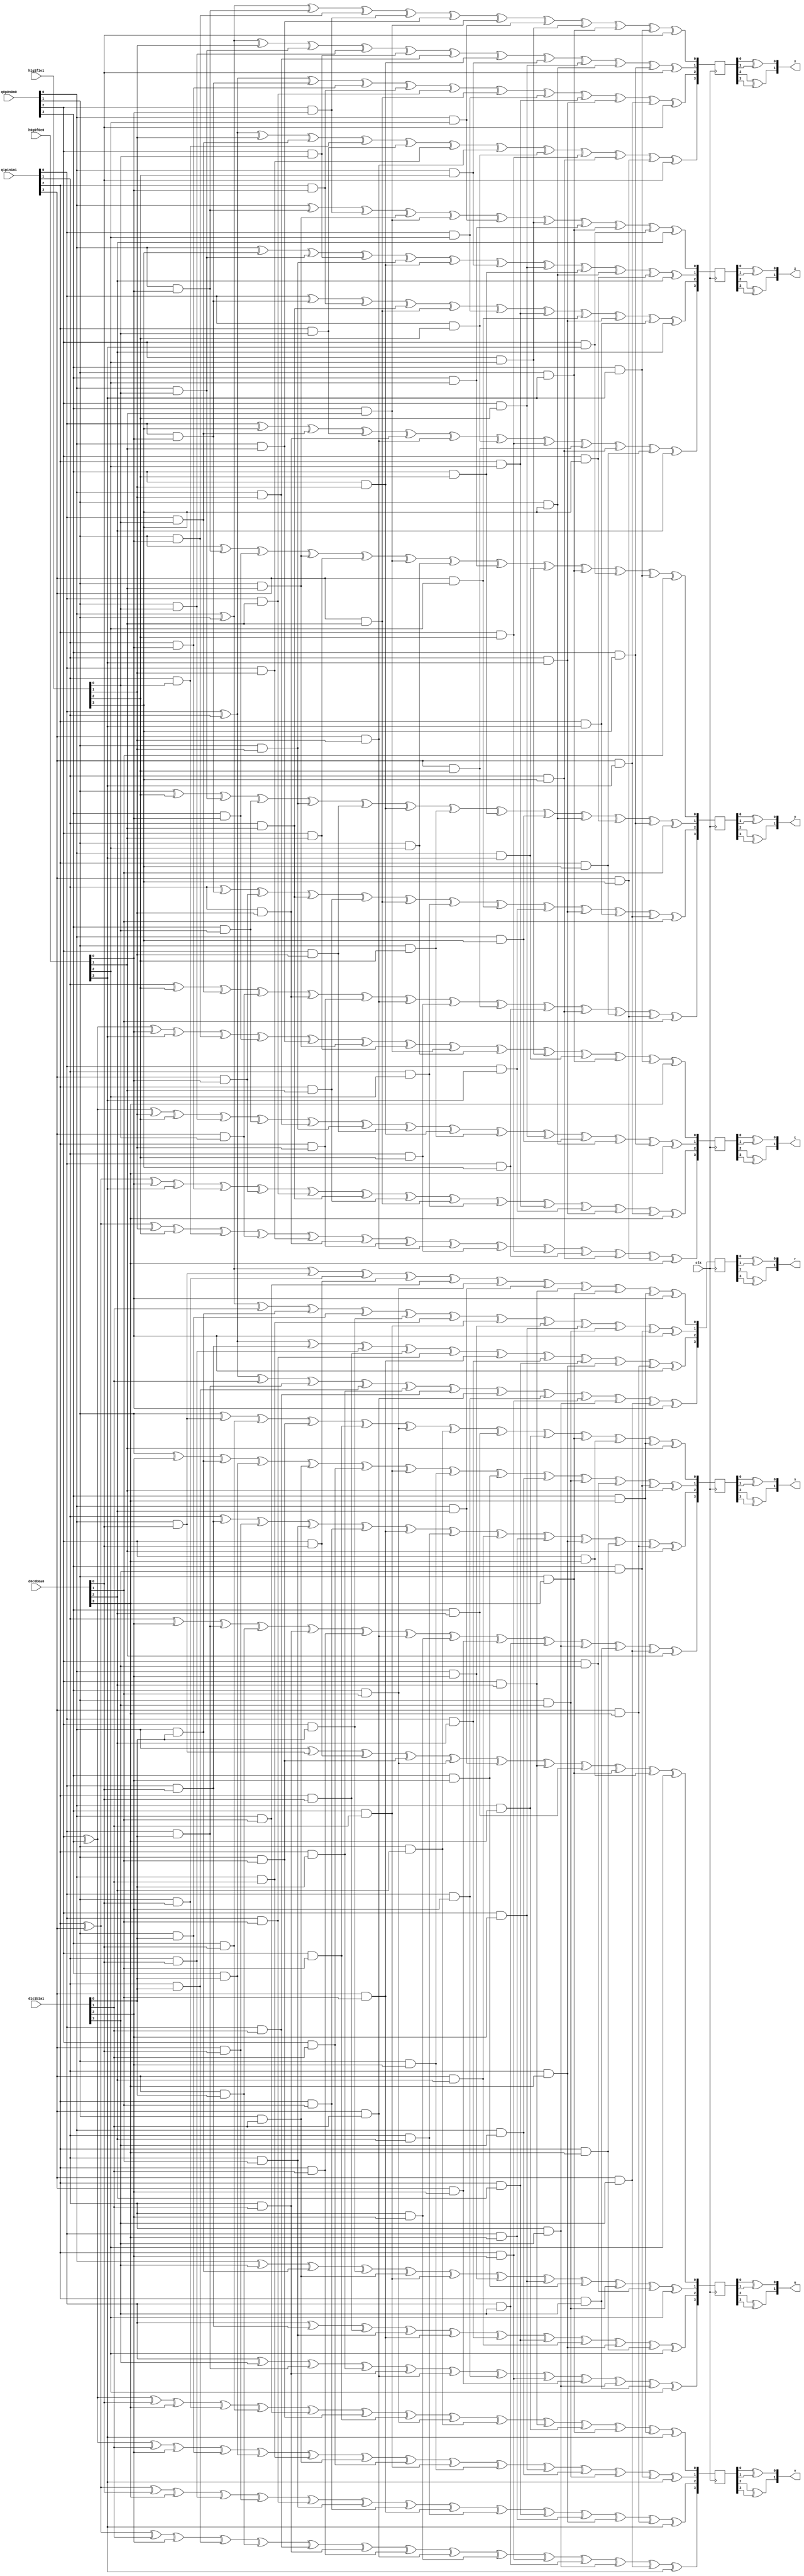
`timescale 1ns / 1ps
//////////////////////////////////////////////////////////////////////////////////
// Company: 
// Engineer: 
// 
// Design Name: 
// Module Name:    GF16Mul_Unit 
// Project Name: 
// Target Devices: 
// Tool versions: 
// Description: 
//
// Dependencies: 
//
// Revision: 
// Revision 0.01 - File Created
// Additional Comments: 
//
//////////////////////////////////////////////////////////////////////////////////
module GF16Mul_Unit(
	input				clk,
	
	input	[03:00]		d0c0b0a0,
	input	[03:00]		d1c1b1a1,
	
	input	[03:00]		h0g0f0e0,
	input	[03:00]		h1g1f1e1,
	
	input	[03:00]		q0p0n0m0,
	input	[03:00]		q1p1n1m1,
	
	output	[01:00]		x,
	output	[01:00]		y,
	output	[01:00]		z,
	output	[01:00]		t,
	
	output	[01:00]		r,
	output	[01:00]		s,
	output	[01:00]		u,
	output	[01:00]		v
    );
	
	// intermediate;
	// SboxA;
	wire				h0, h1;
	wire				g0, g1;
	wire				f0, f1;
	wire				e0, e1;
	
	wire				d0, d1;
	wire				c0, c1;
	wire				b0, b1;
	wire				a0, a1;
	
	wire				q0, q1;
	wire				p0, p1;
	wire				n0, n1;
	wire				m0, m1;
	
	wire				m0a0, m0a1;
	wire				m1a0, m1a1;
	
	wire				m0b0, m0b1;
	wire				m1b0, m1b1;
	
	wire				m0c0, m0c1;
	wire				m1c0, m1c1;
	
	wire				m0d0, m0d1;
	wire				m1d0, m1d1;
	
	wire				m0e0, m0e1;
	wire				m1e0, m1e1;
	
	wire				m0f0, m0f1;
	wire				m1f0, m1f1;
	
	wire				m0g0, m0g1;
	wire				m1g0, m1g1;
	
	wire				m0h0, m0h1;
	wire				m1h0, m1h1;
	
	wire				n0a0, n0a1;
	wire				n1a0, n1a1;
	
	wire				n0b0, n0b1;
	wire				n1b0, n1b1;
	
	wire				n0c0, n0c1;
	wire				n1c0, n1c1;
	
	wire				n0d0, n0d1;
	wire				n1d0, n1d1;
	
	wire				n0e0, n0e1;
	wire				n1e0, n1e1;
	
	wire				n0f0, n0f1;
	wire				n1f0, n1f1;
	
	wire				n0g0, n0g1;
	wire				n1g0, n1g1;
	
	wire				n0h0, n0h1;
	wire				n1h0, n1h1;
	
	wire				p0a0, p0a1;
	wire				p1a0, p1a1;
	
	wire				p0b0, p0b1;
	wire				p1b0, p1b1;
	
	wire				p0c0, p0c1;
	wire				p1c0, p1c1;
	
	wire				p0d0, p0d1;
	wire				p1d0, p1d1;
	
	wire				p0e0, p0e1;
	wire				p1e0, p1e1;
	
	wire				p0f0, p0f1;
	wire				p1f0, p1f1;
	
	wire				p0g0, p0g1;
	wire				p1g0, p1g1;
	
	wire				p0h0, p0h1;
	wire				p1h0, p1h1;
	
	wire				q0a0, q0a1;
	wire				q1a0, q1a1;
	
	wire				q0b0, q0b1;
	wire				q1b0, q1b1;
	
	wire				q0c0, q0c1;
	wire				q1c0, q1c1;
	
	wire				q0d0, q0d1;
	wire				q1d0, q1d1;
	
	wire				q0e0, q0e1;
	wire				q1e0, q1e1;
	
	wire				q0f0, q0f1;
	wire				q1f0, q1f1;
	
	wire				q0g0, q0g1;
	wire				q1g0, q1g1;
	
	wire				q0h0, q0h1;
	wire				q1h0, q1h1;
	
	reg		[03:00]		x_r;
	reg		[03:00]		y_r;
	reg		[03:00]		z_r;
	reg		[03:00]		t_r;
	
	reg		[03:00]		r_r;
	reg		[03:00]		s_r;
	reg		[03:00]		u_r;
	reg		[03:00]		v_r;
	
	// assign;
	assign h0 = h0g0f0e0[3];
	assign g0 = h0g0f0e0[2];
	assign f0 = h0g0f0e0[1];
	assign e0 = h0g0f0e0[0];
	
	assign d0 = d0c0b0a0[3];
	assign c0 = d0c0b0a0[2];
	assign b0 = d0c0b0a0[1];
	assign a0 = d0c0b0a0[0];
	
	assign q0 = q0p0n0m0[3];
	assign p0 = q0p0n0m0[2];
	assign n0 = q0p0n0m0[1];
	assign m0 = q0p0n0m0[0];
	
	assign h1 = h1g1f1e1[3];
	assign g1 = h1g1f1e1[2];
	assign f1 = h1g1f1e1[1];
	assign e1 = h1g1f1e1[0];
	
	assign d1 = d1c1b1a1[3];
	assign c1 = d1c1b1a1[2];
	assign b1 = d1c1b1a1[1];
	assign a1 = d1c1b1a1[0];
	
	assign q1 = q1p1n1m1[3];
	assign p1 = q1p1n1m1[2];
	assign n1 = q1p1n1m1[1];
	assign m1 = q1p1n1m1[0];
	
	assign m0a0 = m0 & a0;
	assign m0a1 = m0 & a1;
	assign m1a0 = m1 & a0;
	assign m1a1 = m1 & a1;
	
	assign m0b0 = m0 & b0;
	assign m0b1 = m0 & b1;
	assign m1b0 = m1 & b0;
	assign m1b1 = m1 & b1;
	
	assign m0c0 = m0 & c0;
	assign m0c1 = m0 & c1;
	assign m1c0 = m1 & c0;
	assign m1c1 = m1 & c1;
	
	assign m0d0 = m0 & d0;
	assign m0d1 = m0 & d1;
	assign m1d0 = m1 & d0;
	assign m1d1 = m1 & d1;
	
	assign m0e0 = m0 & e0;
	assign m0e1 = m0 & e1;
	assign m1e0 = m1 & e0;
	assign m1e1 = m1 & e1;
	
	assign m0f0 = m0 & f0;
	assign m0f1 = m0 & f1;
	assign m1f0 = m1 & f0;
	assign m1f1 = m1 & f1;
	
	assign m0g0 = m0 & g0;
	assign m0g1 = m0 & g1;
	assign m1g0 = m1 & g0;
	assign m1g1 = m1 & g1;
	
	assign m0h0 = m0 & h0;
	assign m0h1 = m0 & h1;
	assign m1h0 = m1 & h0;
	assign m1h1 = m1 & h1;
	
	assign n0a0 = n0 & a0;
	assign n0a1 = n0 & a1;
	assign n1a0 = n1 & a0;
	assign n1a1 = n1 & a1;
	
	assign n0b0 = n0 & b0;
	assign n0b1 = n0 & b1;
	assign n1b0 = n1 & b0;
	assign n1b1 = n1 & b1;
	
	assign n0c0 = n0 & c0;
	assign n0c1 = n0 & c1;
	assign n1c0 = n1 & c0;
	assign n1c1 = n1 & c1;
	
	assign n0d0 = n0 & d0;
	assign n0d1 = n0 & d1;
	assign n1d0 = n1 & d0;
	assign n1d1 = n1 & d1;
	
	assign n0e0 = n0 & e0;
	assign n0e1 = n0 & e1;
	assign n1e0 = n1 & e0;
	assign n1e1 = n1 & e1;
	
	assign n0f0 = n0 & f0;
	assign n0f1 = n0 & f1;
	assign n1f0 = n1 & f0;
	assign n1f1 = n1 & f1;
	
	assign n0g0 = n0 & g0;
	assign n0g1 = n0 & g1;
	assign n1g0 = n1 & g0;
	assign n1g1 = n1 & g1;
	
	assign n0h0 = n0 & h0;
	assign n0h1 = n0 & h1;
	assign n1h0 = n1 & h0;
	assign n1h1 = n1 & h1;
	
	assign p0a0 = p0 & a0;
	assign p0a1 = p0 & a1;
	assign p1a0 = p1 & a0;
	assign p1a1 = p1 & a1;
	
	assign p0b0 = p0 & b0;
	assign p0b1 = p0 & b1;
	assign p1b0 = p1 & b0;
	assign p1b1 = p1 & b1;
	
	assign p0c0 = p0 & c0;
	assign p0c1 = p0 & c1;
	assign p1c0 = p1 & c0;
	assign p1c1 = p1 & c1;
	
	assign p0d0 = p0 & d0;
	assign p0d1 = p0 & d1;
	assign p1d0 = p1 & d0;
	assign p1d1 = p1 & d1;
	
	assign p0e0 = p0 & e0;
	assign p0e1 = p0 & e1;
	assign p1e0 = p1 & e0;
	assign p1e1 = p1 & e1;
	
	assign p0f0 = p0 & f0;
	assign p0f1 = p0 & f1;
	assign p1f0 = p1 & f0;
	assign p1f1 = p1 & f1;
	
	assign p0g0 = p0 & g0;
	assign p0g1 = p0 & g1;
	assign p1g0 = p1 & g0;
	assign p1g1 = p1 & g1;
	
	assign p0h0 = p0 & h0;
	assign p0h1 = p0 & h1;
	assign p1h0 = p1 & h0;
	assign p1h1 = p1 & h1;
	
	assign q0a0 = q0 & a0;
	assign q0a1 = q0 & a1;
	assign q1a0 = q1 & a0;
	assign q1a1 = q1 & a1;
	
	assign q0b0 = q0 & b0;
	assign q0b1 = q0 & b1;
	assign q1b0 = q1 & b0;
	assign q1b1 = q1 & b1;
	
	assign q0c0 = q0 & c0;
	assign q0c1 = q0 & c1;
	assign q1c0 = q1 & c0;
	assign q1c1 = q1 & c1;
	
	assign q0d0 = q0 & d0;
	assign q0d1 = q0 & d1;
	assign q1d0 = q1 & d0;
	assign q1d1 = q1 & d1;
	
	assign q0e0 = q0 & e0;
	assign q0e1 = q0 & e1;
	assign q1e0 = q1 & e0;
	assign q1e1 = q1 & e1;
	
	assign q0f0 = q0 & f0;
	assign q0f1 = q0 & f1;
	assign q1f0 = q1 & f0;
	assign q1f1 = q1 & f1;
	
	assign q0g0 = q0 & g0;
	assign q0g1 = q0 & g1;
	assign q1g0 = q1 & g0;
	assign q1g1 = q1 & g1;
	
	assign q0h0 = q0 & h0;
	assign q0h1 = q0 & h1;
	assign q1h0 = q1 & h0;
	assign q1h1 = q1 & h1;
	
	// x_r;
	always @(posedge clk)
	begin
		x_r[0] <= m0 ^ n0	   ^ m0e0 ^ n0e0 ^ p0e0 ^ m0f0 ^ q0f0 ^ m0g0 ^ p0g0 ^ n0h0 ^ q0h0 ^ a0;
		x_r[1] <= m0 ^ n0 ^ f1 ^ m0e1 ^ n0e1 ^ p0e1 ^ m0f1 ^ q0f1 ^ m0g1 ^ p0g1 ^ n0h1 ^ q0h1 ^ a0;
		x_r[2] <= m1 ^ n1	   ^ m1e0 ^ n1e0 ^ p1e0 ^ m1f0 ^ q1f0 ^ m1g0 ^ p1g0 ^ n1h0 ^ q1h0 ^ a0;
		x_r[3] <= m1 ^ n1 ^ f1 ^ m1e1 ^ n1e1 ^ p1e1 ^ m1f1 ^ q1f1 ^ m1g1 ^ p1g1 ^ n1h1 ^ q1h1 ^ a0;
	end
	
	// y_r;
	always @(posedge clk)
	begin
		y_r[0] <= n0	  ^ m0e0 ^ q0e0 ^ n0f0 ^ p0f0 ^ q0f0 ^ n0g0 ^ q0g0 ^ m0h0 ^ n0h0 ^ p0h0 ^ q0h0 ^ b0;
		y_r[1] <= n0 ^ g1 ^ m0e1 ^ q0e1 ^ n0f1 ^ p0f1 ^ q0f1 ^ n0g1 ^ q0g1 ^ m0h1 ^ n0h1 ^ p0h1 ^ q0h1 ^ b0;
		y_r[2] <= n1	  ^ m1e0 ^ q1e0 ^ n1f0 ^ p1f0 ^ q1f0 ^ n1g0 ^ q1g0 ^ m1h0 ^ n1h0 ^ p1h0 ^ q1h0 ^ b0;
		y_r[3] <= n1 ^ g1 ^ m1e1 ^ q1e1 ^ n1f1 ^ p1f1 ^ q1f1 ^ n1g1 ^ q1g1 ^ m1h1 ^ n1h1 ^ p1h1 ^ q1h1 ^ b0;
	end
	
	// z_r;
	always @(posedge clk)
	begin
		z_r[0] <= m0	  ^ m0e0 ^ p0e0 ^ n0f0 ^ q0f0 ^ m0g0 ^ p0g0 ^ q0g0 ^ n0h0 ^ p0h0 ^ c0;
		z_r[1] <= m0 ^ h1 ^ m0e1 ^ p0e1 ^ n0f1 ^ q0f1 ^ m0g1 ^ p0g1 ^ q0g1 ^ n0h1 ^ p0h1 ^ c0;
		z_r[2] <= m1	  ^ m1e0 ^ p1e0 ^ n1f0 ^ q1f0 ^ m1g0 ^ p1g0 ^ q1g0 ^ n1h0 ^ p1h0 ^ c0;
		z_r[3] <= m1 ^ h1 ^ m1e1 ^ p1e1 ^ n1f1 ^ q1f1 ^ m1g1 ^ p1g1 ^ q1g1 ^ n1h1 ^ p1h1 ^ c0;
	end
	
	// t_r;
	always @(posedge clk)
	begin
		t_r[0] <= p0 ^ q0 ^ e0 ^ h0 ^ n0e0 ^ q0e0 ^ m0f0 ^ n0f0 ^ p0f0 ^ q0f0 ^ n0g0 ^ p0g0 ^ m0h0 ^ n0h0 ^ q0h0 ^ d0;
		t_r[1] <= p0 ^ q0 ^ f1 ^ g1 ^ n0e1 ^ q0e1 ^ m0f1 ^ n0f1 ^ p0f1 ^ q0f1 ^ n0g1 ^ p0g1 ^ m0h1 ^ n0h1 ^ q0h1 ^ d0;
		t_r[2] <= p1 ^ q1 ^ e0 ^ h0 ^ n1e0 ^ q1e0 ^ m1f0 ^ n1f0 ^ p1f0 ^ q1f0 ^ n1g0 ^ p1g0 ^ m1h0 ^ n1h0 ^ q1h0 ^ d0;
		t_r[3] <= p1 ^ q1 ^ f1 ^ g1 ^ n1e1 ^ q1e1 ^ m1f1 ^ n1f1 ^ p1f1 ^ q1f1 ^ n1g1 ^ p1g1 ^ m1h1 ^ n1h1 ^ q1h1 ^ d0;
	end
	
	// r_r;
	always @(posedge clk)
	begin
		r_r[0] <= m0 ^ n0	   ^ m0a0 ^ n0a0 ^ p0a0 ^ m0b0 ^ q0b0 ^ m0c0 ^ p0c0 ^ n0d0 ^ q0d0 ^ e0;
		r_r[1] <= m0 ^ n0 ^ b1 ^ m0a1 ^ n0a1 ^ p0a1 ^ m0b1 ^ q0b1 ^ m0c1 ^ p0c1 ^ n0d1 ^ q0d1 ^ e0;
		r_r[2] <= m1 ^ n1	   ^ m1a0 ^ n1a0 ^ p1a0 ^ m1b0 ^ q1b0 ^ m1c0 ^ p1c0 ^ n1d0 ^ q1d0 ^ e0;
		r_r[3] <= m1 ^ n1 ^ b1 ^ m1a1 ^ n1a1 ^ p1a1 ^ m1b1 ^ q1b1 ^ m1c1 ^ p1c1 ^ n1d1 ^ q1d1 ^ e0;
	end
	
	// s_r;
	always @(posedge clk)
	begin
		s_r[0] <= n0	  ^ m0a0 ^ q0a0 ^ n0b0 ^ p0b0 ^ q0b0 ^ n0c0 ^ q0c0 ^ m0d0 ^ n0d0 ^ p0d0 ^ q0d0 ^ f0;
		s_r[1] <= n0 ^ c1 ^ m0a1 ^ q0a1 ^ n0b1 ^ p0b1 ^ q0b1 ^ n0c1 ^ q0c1 ^ m0d1 ^ n0d1 ^ p0d1 ^ q0d1 ^ f0;
		s_r[2] <= n1	  ^ m1a0 ^ q1a0 ^ n1b0 ^ p1b0 ^ q1b0 ^ n1c0 ^ q1c0 ^ m1d0 ^ n1d0 ^ p1d0 ^ q1d0 ^ f0;
		s_r[3] <= n1 ^ c1 ^ m1a1 ^ q1a1 ^ n1b1 ^ p1b1 ^ q1b1 ^ n1c1 ^ q1c1 ^ m1d1 ^ n1d1 ^ p1d1 ^ q1d1 ^ f0;
	end
	
	// u_r;
	always @(posedge clk)
	begin
		u_r[0] <= m0	  ^ m0a0 ^ p0a0 ^ n0b0 ^ q0b0 ^ m0c0 ^ p0c0 ^ q0c0 ^ n0d0 ^ p0d0 ^ g0;
		u_r[1] <= m0 ^ d1 ^ m0a1 ^ p0a1 ^ n0b1 ^ q0b1 ^ m0c1 ^ p0c1 ^ q0c1 ^ n0d1 ^ p0d1 ^ g0;
		u_r[2] <= m1	  ^ m1a0 ^ p1a0 ^ n1b0 ^ q1b0 ^ m1c0 ^ p1c0 ^ q1c0 ^ n1d0 ^ p1d0 ^ g0;
		u_r[3] <= m1 ^ d1 ^ m1a1 ^ p1a1 ^ n1b1 ^ q1b1 ^ m1c1 ^ p1c1 ^ q1c1 ^ n1d1 ^ p1d1 ^ g0;
	end
	
	// v_r;
	always @(posedge clk)
	begin
		v_r[0] <= p0 ^ q0 ^ a0 ^ d0 ^ n0a0 ^ q0a0 ^ m0b0 ^ n0b0 ^ p0b0 ^ q0b0 ^ n0c0 ^ p0c0 ^ m0d0 ^ n0d0 ^ q0d0 ^ h0;
		v_r[1] <= p0 ^ q0 ^ b1 ^ c1 ^ n0a1 ^ q0a1 ^ m0b1 ^ n0b1 ^ p0b1 ^ q0b1 ^ n0c1 ^ p0c1 ^ m0d1 ^ n0d1 ^ q0d1 ^ h0;
		v_r[2] <= p1 ^ q1 ^ a0 ^ d0 ^ n1a0 ^ q1a0 ^ m1b0 ^ n1b0 ^ p1b0 ^ q1b0 ^ n1c0 ^ p1c0 ^ m1d0 ^ n1d0 ^ q1d0 ^ h0;
		v_r[3] <= p1 ^ q1 ^ b1 ^ c1 ^ n1a1 ^ q1a1 ^ m1b1 ^ n1b1 ^ p1b1 ^ q1b1 ^ n1c1 ^ p1c1 ^ m1d1 ^ n1d1 ^ q1d1 ^ h0;
	end
	
	//// Output Assign;
	assign x[0] = x_r[0] ^ x_r[1];
	assign x[1] = x_r[2] ^ x_r[3];
	
	assign y[0] = y_r[0] ^ y_r[1];
	assign y[1] = y_r[2] ^ y_r[3];
	
	assign z[0] = z_r[0] ^ z_r[1];
	assign z[1] = z_r[2] ^ z_r[3];
	
	assign t[0] = t_r[0] ^ t_r[1];
	assign t[1] = t_r[2] ^ t_r[3];
	
	assign r[0] = r_r[0] ^ r_r[1];
	assign r[1] = r_r[2] ^ r_r[3];
	
	assign s[0] = s_r[0] ^ s_r[1];
	assign s[1] = s_r[2] ^ s_r[3];
	
	assign u[0] = u_r[0] ^ u_r[1];
	assign u[1] = u_r[2] ^ u_r[3];
	
	assign v[0] = v_r[0] ^ v_r[1];
	assign v[1] = v_r[2] ^ v_r[3];
	
endmodule